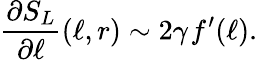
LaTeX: \frac{\partial S_{L}}{\partial\ell}(\ell,r)\sim 2\gamma~\! f^{\prime}(\ell).